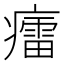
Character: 癗